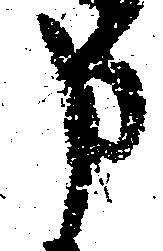
申